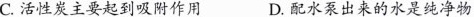
C.活性炭主要起到吸附作用 D.配水泵出来的水是纯净物